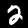
Digit: 2